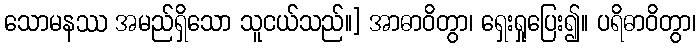
သောမနဿ အမည်ရှိသော သူငယ်သည်။] အာဓာဝိတွာ၊ ရှေးရှုပြေး၍။ ပရိဓာဝိတွာ၊